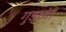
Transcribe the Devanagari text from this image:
गुडघ्या